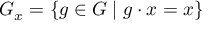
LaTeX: G _ { x } = \{ g \in G \mid g \cdot x = x \}